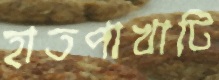
হাতপাখাটি